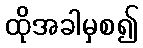
ထိုအခါမှစ၍